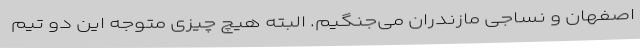
اصفهان و نساجی مازندران می‌جنگیم. البته هیچ چیزی متوجه این دو تیم